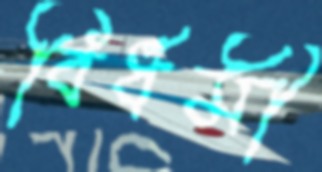
বির্ধমী